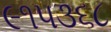
૯૧૫૩૬૮